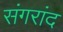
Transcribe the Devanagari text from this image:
संगरांद